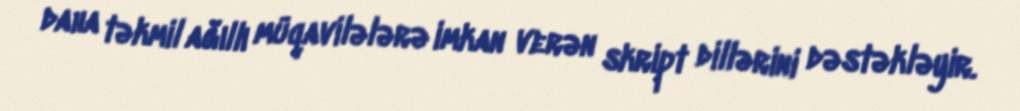
daha təkmil ağıllı müqavilələrə imkan verən skript dillərini dəstəkləyir.